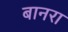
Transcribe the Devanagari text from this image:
बानरा